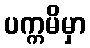
ပက္ကမိမှာ